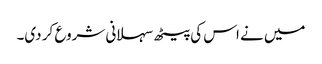
میں نے اس کی پیٹھ سہلانی شروع کر دی۔